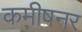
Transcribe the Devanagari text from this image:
कमीषनर